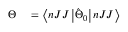
\begin{array} { r l } { \Theta } & { { } = \left\langle n J J \left| \hat { \Theta } _ { 0 } \right| n J J \right\rangle } \end{array}